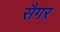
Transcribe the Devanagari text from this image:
सैगर